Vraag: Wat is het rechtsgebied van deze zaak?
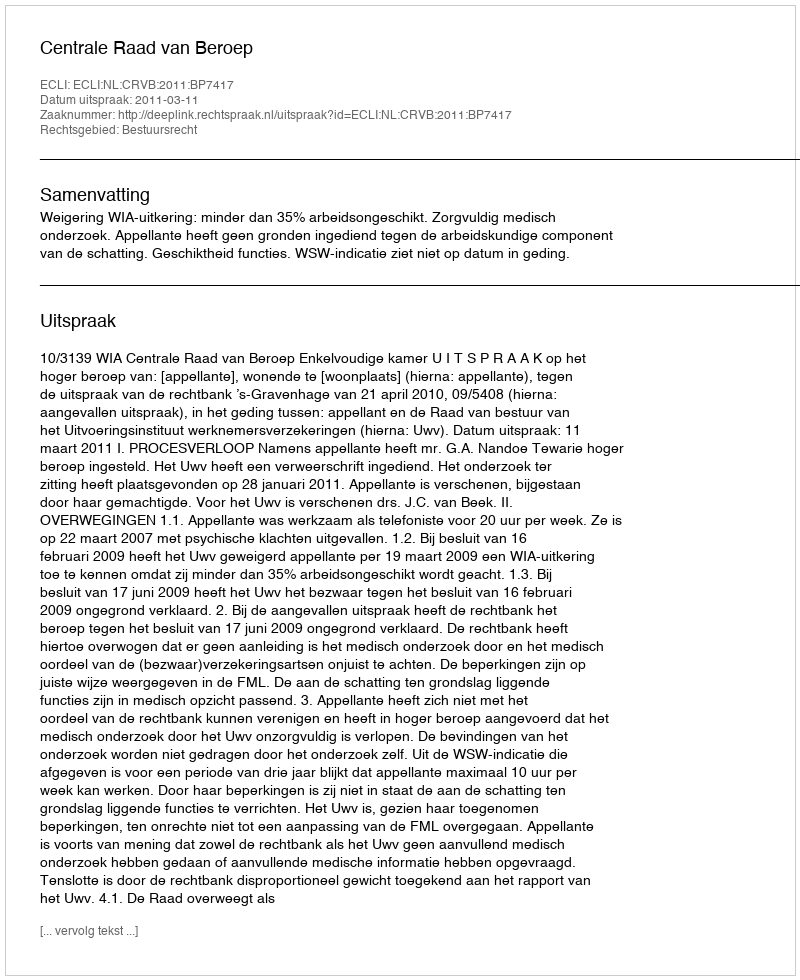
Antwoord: Bestuursrecht